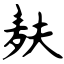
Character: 麸